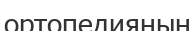
ортопедияның